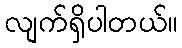
လျက်ရှိပါတယ်။